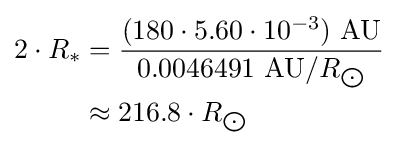
{\begin{aligned}2\cdot R_{*}&={\frac {(180\cdot 5.60\cdot 10^{-3})\ {\text{AU}}}{0.0046491\ {\text{AU}}/R_{\bigodot }}}\\&\approx 216.8\cdot R_{\bigodot }\end{aligned}}